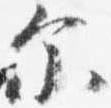
示